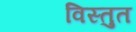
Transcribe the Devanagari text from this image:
विस्तुत